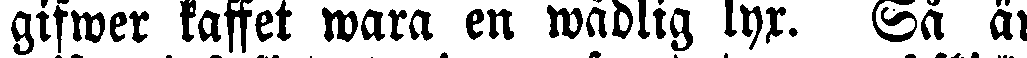
gifwer kaffet wara en wädlig lyx. Så är